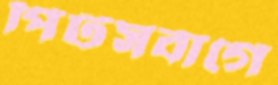
পিটসবার্গে